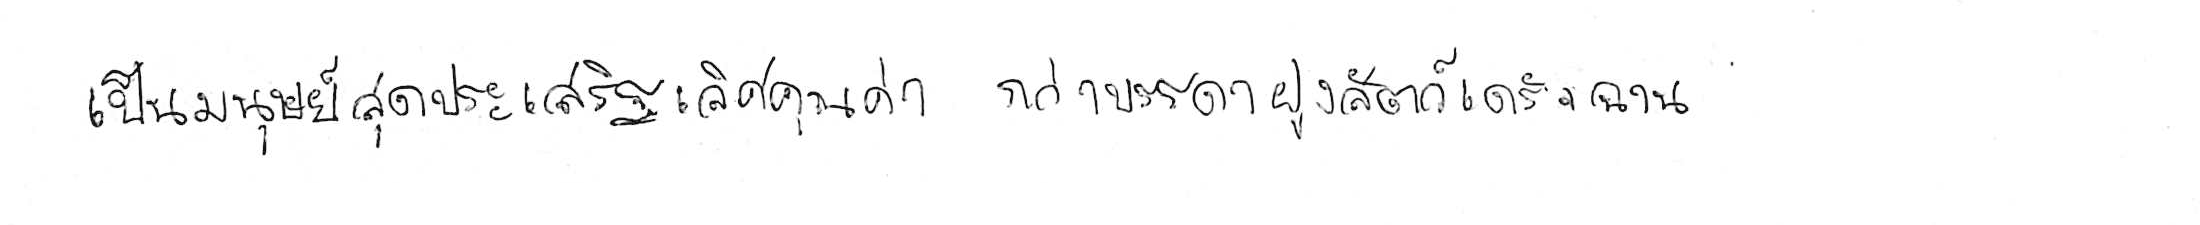
เป็นมนุษย์สุดประเสริฐเลิศคุณค่า กว่าบรรดาฝูงสัตว์เดรัจฉาน